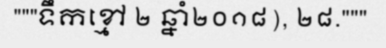
"""ទឹកខ្មៅ ២ ឆ្នាំ២០១៨), ២៨."""